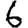
Digit: 6